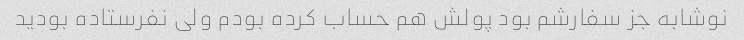
نوشابه جز سفارشم بود پولش هم حساب کرده بودم ولی نفرستاده بودید